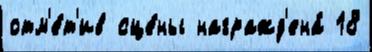
отм'е́т'ив сце́ны награжд'ена́ 18